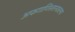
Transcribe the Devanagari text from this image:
अफगाणिस्तानातल्या